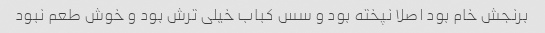
برنجش خام بود اصلا نپخته بود و سس کباب خیلی ترش بود و خوش طعم نبود